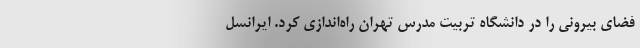
فضای بیرونی را در دانشگاه تربیت مدرس تهران راه‌اندازی کرد. ایرانسل